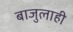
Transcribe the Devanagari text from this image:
बाजुलाही